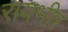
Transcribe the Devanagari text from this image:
रायभीर